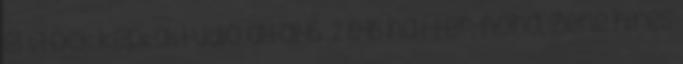
el Stock képRaStudio által46 2 646 háttér, noha, zene híres